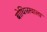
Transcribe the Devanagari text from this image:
बोधिसत्वाला